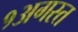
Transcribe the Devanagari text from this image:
१अगस्त